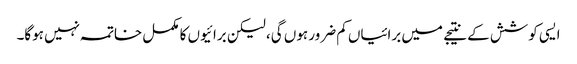
ایسی کوشش کے نتیجے میں برائیاں کم ضرور ہوں گی، لیکن برائیوں کا مکمل خاتمہ نہیں ہوگا۔